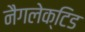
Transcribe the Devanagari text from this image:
नैगलेक्टिड